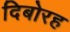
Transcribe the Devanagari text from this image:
दिबोरह